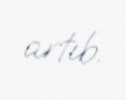
artıb.